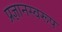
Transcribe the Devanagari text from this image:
प्रज्ञानस्वरूप